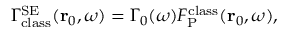
\Gamma _ { \mathrm { c l a s s } } ^ { \mathrm { S E } } ( { \bf r } _ { 0 } , \omega ) = \Gamma _ { 0 } ( \omega ) F _ { \mathrm { P } } ^ { \mathrm { c l a s s } } ( { \bf r } _ { 0 } , \omega ) ,